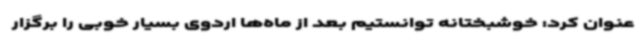
عنوان کرد: خوشبختانه توانستیم بعد از ماه‌ها اردوی بسیار خوبی را برگزار